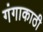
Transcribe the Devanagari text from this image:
गंगाकाठी